Indian Medical Review
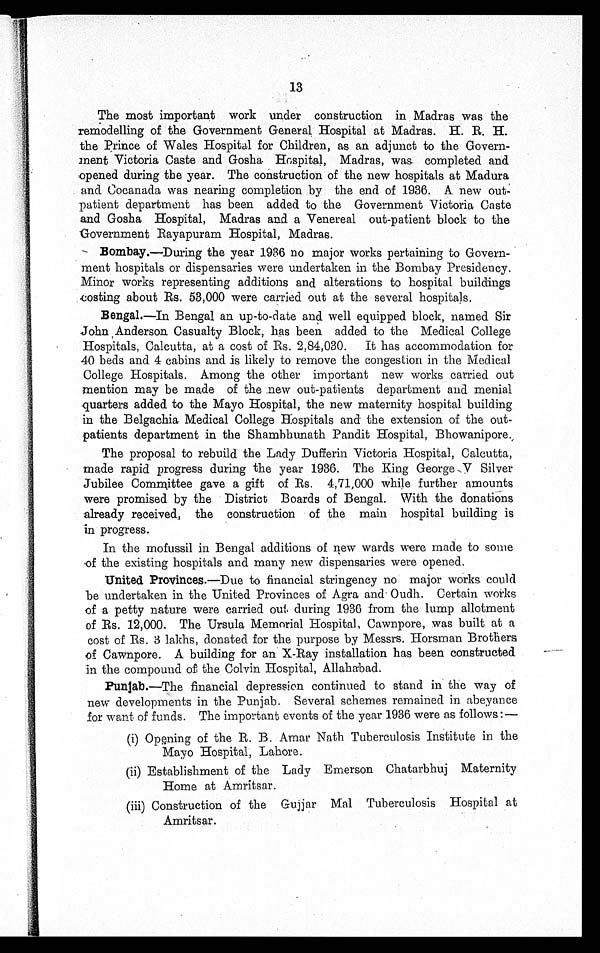
13
The most important work under construction in Madras was the
remodelling of the Government General Hospital at Madras. H. R. H.
the Prince of Wales Hospital for Children, as an adjunct to the Govern
- m e n t V i c t o r i a C a s t e a n d G o s h a H o s p i t a l , M a d r a s , w a s c o m p l e t e d a n d
opened during the year. The construction of the new hospitals at Madura
and Cocanada was nearing completion by the end of 1936. A new out
- p a t i e n t d e p a r t m e n t h a s b e e n a d d e d t o t h e G o v e r n m e n t V i c t o r i a C a s t e
and Gosha Hospital, Madras and a Venereal out-patient block to the
Government Rayapuram Hospital, Madras.
Bombay .—During the year 1936 no major works pertaining to Govern
- m e n t h o s p i t a l s o r d i s p e n s a r i e s w e r e u n d e r t a k e n i n t h e B o m b a y P r e s i d e n c y .
Minor works representing additions and alterations to hospital buildings
costing about Rs. 53,000 were carried out at the several hospitals.
Bengal .—In Bengal an up-to-date and well equipped block, named Sir
John Anderson Casualty Block, has been added to the Medical College
Hospitals, Calcutta, at a cost of Rs. 2,84,030. It has accommodation for
40 beds and 4 cabins and is likely to remove the congestion in the Medical
College Hospitals. Among the other important new works carried out
mention may be made of the new out-patients department and menial
quarters added to the Mayo Hospital, the new maternity hospital building
in the Belgachia Medical College Hospitals and the extension of the out-
- p a t i e n t s d e p a r t m e n t i n t h e S h a m b h u n a t h P a n d i t H o s p i t a l , B h o w a n i p o r e .
The proposal to rebuild the Lady Dufferin Victoria Hospital, Calcutta,
made rapid progress during the year 1936. The King George V Silver
Jubilee Committee gave a gift of Rs. 4,71,000 while further amounts
were promised by the District Boards of Bengal. With the donations
already received, the construction of the main hospital building is
in progress.
In the mofussil in Bengal additions of flew wards were made to some
of the existing hospitals and many new dispensaries were opened.
United Provinces .—Due to financial stringency no major works could
be undertaken in the United Provinces of Agra and Oudh. Certain works
of a petty nature were carried out during 1936 from the lump allotment
of Rs.12,000. The Ursula Memorial Hospital, Cawnpore, was built at a
cost of Rs. 3 lakhs, donated for the purpose by Messrs. Horsman Brothers
of Cawnpore. A building for an X-Ray installation has been constructed-
in the compound of the Colvin Hospital, Allahæbad.
Punjab.—The financial depression continued to stand in the way of
new developments in the Punjab. Several schemes remained in abeyance
for want of funds. The important events of the year 1936 were as follows:—
(i) Opening of the R. B. Amar Nath Tuberculosis Institute in the
Mayo Hospital, Lahore.
(ii) Establishment of the Lady Emerson Chatarbhuj Maternity
Home at Amritsar.
(iii) Construction of the Gujjar Mal Tuberculosis Hospital at
Amritsar.